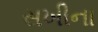
સખીના